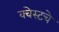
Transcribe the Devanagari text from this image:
क्वेस्टचे